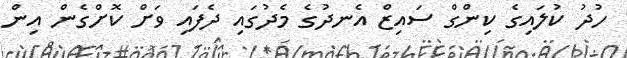
ހުދު ކުލައިގެ ކިންގް ސައިޒް އެނދުގެ މެދުގައި ދެފައި ވަށް ކޮށްގެން އިން